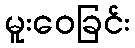
မူးဝေခြင်း